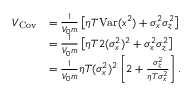
\begin{array} { r l } { V _ { \mathrm { C o v } } } & { = \frac { 1 } { V _ { 0 } m } \left[ \eta T \mathrm { V a r } ( x ^ { 2 } ) + \sigma _ { x } ^ { 2 } \sigma _ { z } ^ { 2 } \right] } \\ & { = \frac { 1 } { V _ { 0 } m } \left[ \eta T 2 ( \sigma _ { x } ^ { 2 } ) ^ { 2 } + \sigma _ { x } ^ { 2 } \sigma _ { z } ^ { 2 } \right] } \\ & { = \frac { 1 } { V _ { 0 } m } \eta T ( \sigma _ { x } ^ { 2 } ) ^ { 2 } \left[ 2 + \frac { \sigma _ { z } ^ { 2 } } { \eta T \sigma _ { x } ^ { 2 } } \right] . } \end{array}